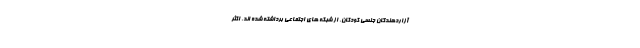
آزاردهندگان جنسی کودکان، از شبکه های اجتماعی برداشته شده اند. اکثر